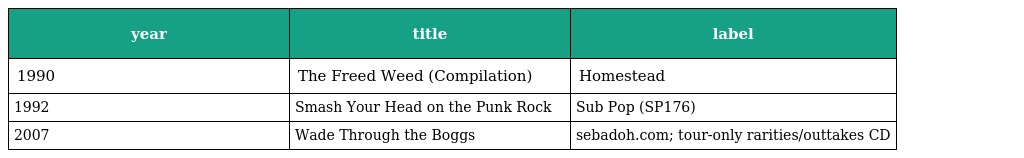
| year | title | label |
 | --- | --- | --- |
 | 1990 | The Freed Weed (Compilation) | Homestead |
 | 1992 | Smash Your Head on the Punk Rock | Sub Pop (SP176) |
 | 2007 | Wade Through the Boggs | sebadoh.com; tour-only rarities/outtakes CD |